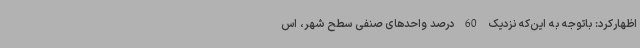
اظهارکرد: باتوجه به این‌که نزدیک 60 درصد واحدهای صنفی سطح شهر، اس